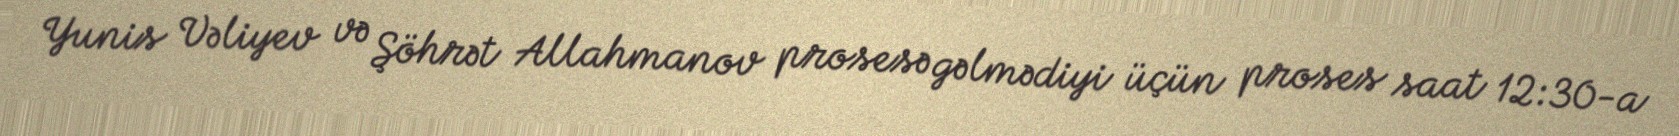
Yunis Vəliyev və Şöhrət Allahmanov prosesə gəlmədiyi üçün proses saat 12:30-a